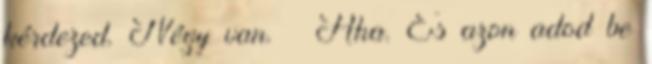
kérdezed. Négy van. – Aha. És azon adod be